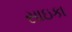
સાઇકા